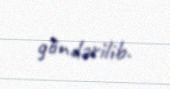
göndərilib.